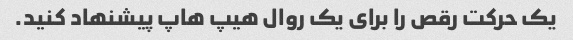
یک حرکت رقص را برای یک روال هیپ هاپ پیشنهاد کنید.